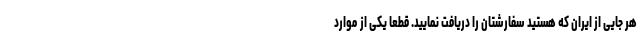
هر جایی از ایران که هستید سفارشتان را دریافت نمایید. قطعا یکی از موارد